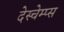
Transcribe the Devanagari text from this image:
देस्चेम्प्स